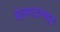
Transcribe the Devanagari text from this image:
बोलपटांमधून